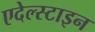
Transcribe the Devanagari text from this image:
एदेल्स्टाइन